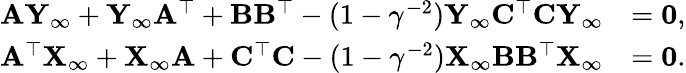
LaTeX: \begin{array}{rl}{\mathbf{A}\mathbf{Y}_{\infty}+\mathbf{Y}_{\infty}\mathbf{A}^{\top}+\mathbf{B}\mathbf{B}^{\top}-(1-\gamma^{-2})\mathbf{Y}_{\infty}\mathbf{C}^{\top}\mathbf{C}\mathbf{Y}_{\infty}}&{=\mathbf{0},}\\ {\mathbf{A}^{\top}\mathbf{X}_{\infty}+\mathbf{X}_{\infty}\mathbf{A}+\mathbf{C}^{\top}\mathbf{C}-(1-\gamma^{-2})\mathbf{X}_{\infty}\mathbf{B}\mathbf{B}^{\top}\mathbf{X}_{\infty}}&{=\mathbf{0}.}\end{array}